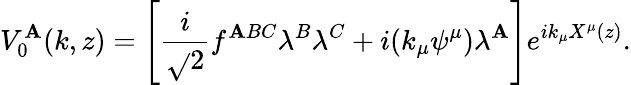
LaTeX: V_{0}^{\mathbf{A}}(k,z)=\left[\frac{{i}}{{\sqrt{}{{2}}}}f^{\mathbf{A}BC}\lambda^{B}\lambda^{C}+i(k_{\mu}\psi^{\mu})\lambda^{\mathbf{A}}\right]e^{ik_{\mu}X^{\mu}(z)}.